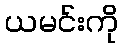
ယမင်းကို